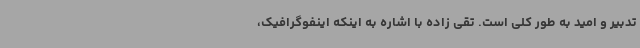
تدبیر و امید به طور کلی است. تقی زاده با اشاره به اینکه اینفوگرافیک،